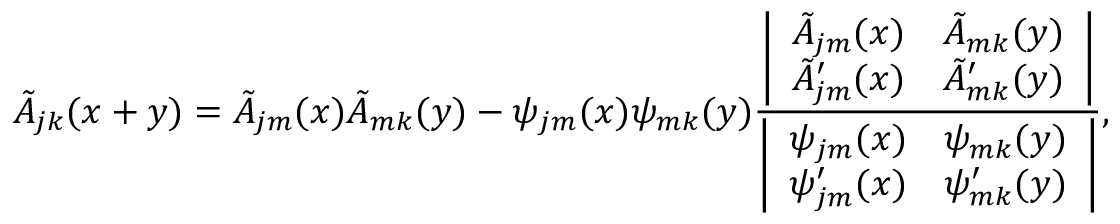
\tilde { A } _ { j k } ( x + y ) = \tilde { A } _ { j m } ( x ) \tilde { A } _ { m k } ( y ) - \psi _ { j m } ( x ) \psi _ { m k } ( y ) { \frac { \biggl | \begin{array} { l l } { { \tilde { A } _ { j m } ( x ) } } & { { \tilde { A } _ { m k } ( y ) } } \\ { { \tilde { A } \sp \prime _ { j m } ( x ) } } & { { \tilde { A } \sp \prime _ { m k } ( y ) } } \end{array} \biggr | } { \biggl | \begin{array} { l l } { { \psi _ { j m } ( x ) } } & { { \psi _ { m k } ( y ) } } \\ { { \psi \sp \prime _ { j m } ( x ) } } & { { \psi \sp \prime _ { m k } ( y ) } } \end{array} \biggr | } } ,